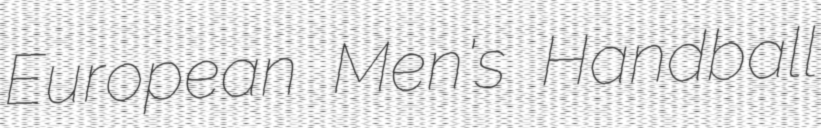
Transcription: European Men's Handball